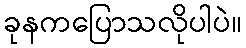
ခုနကပြောသလိုပါပဲ။